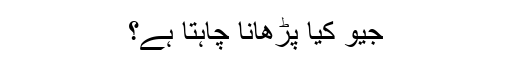
جیو کیا پڑھانا چاہتا ہے؟